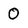
Character: 0